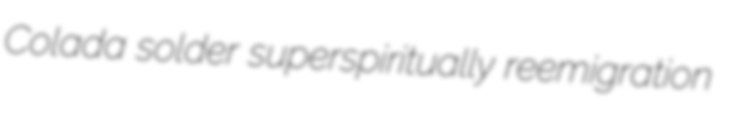
Colada solder superspiritually reemigration